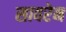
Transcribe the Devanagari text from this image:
सावरेन